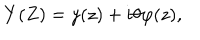
Y ( Z ) = y ( z ) + i \theta \varphi ( z ) ,